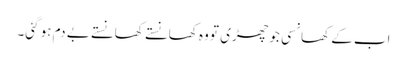
اب کے کھانسی جو چھڑی تو وہ کھانستے کھانستے بے دم ہو گئی۔